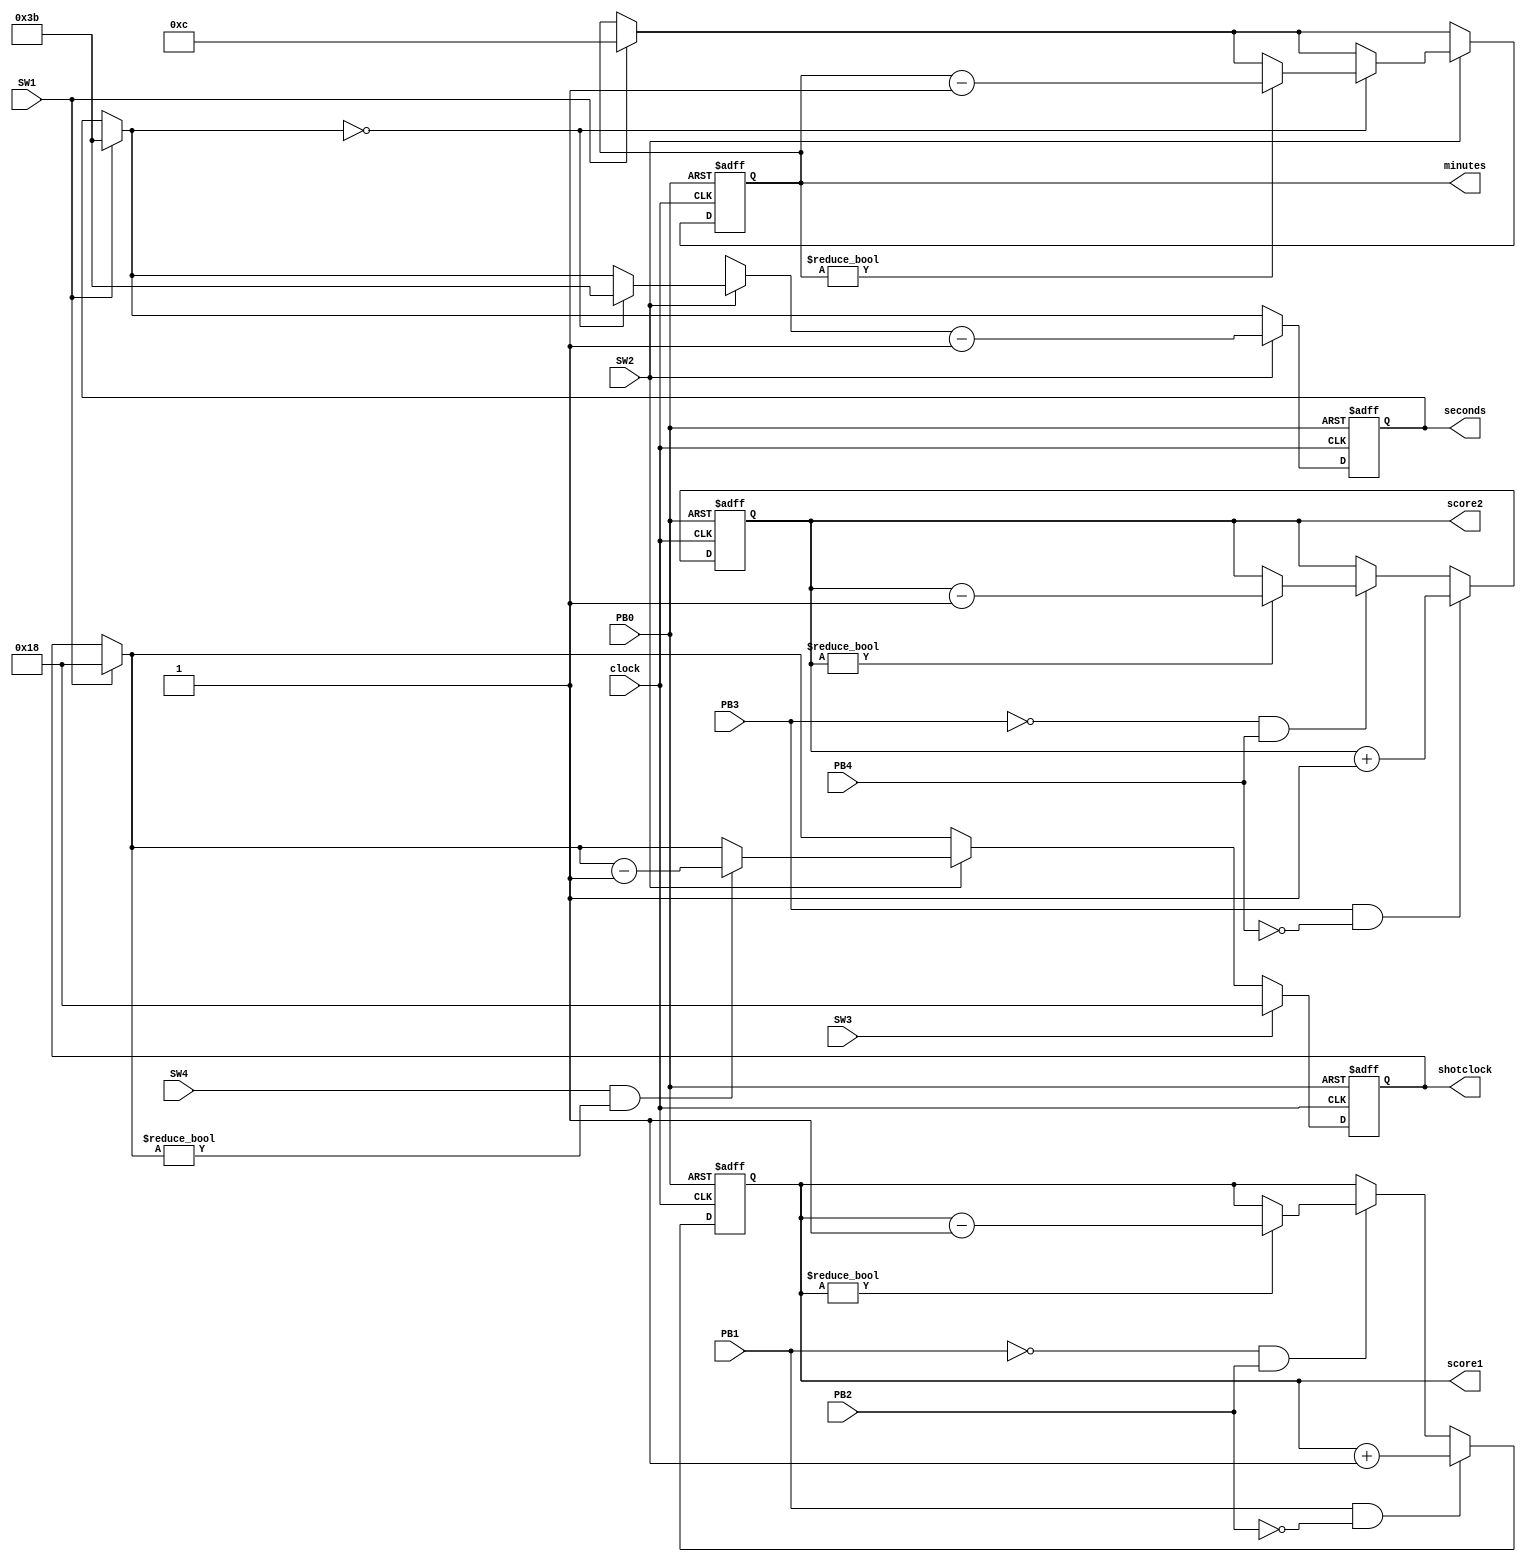
`timescale 1ms/1ms  
module basketball_system(
    score1, score2,
    clock, PB0, PB1, PB2, PB3, PB4, SW1, SW2, SW3, SW4,
    seconds, minutes, shotclock);

    output reg[7:0] score1, score2; // 8-bit for a score up to 255
    input clock;
    input PB0; // master reset switch
    input PB1, PB2; // up-down buttons for first team
    input PB3, PB4; // up-down butons for the second team
    
    // variables for minutes and seconds
    output reg [5:0] seconds; // = d59
    output reg [3:0] minutes; // = d12
    output reg [4:0] shotclock; // = d24 
    
    input SW1; // resets general timer to 12 mins if on
               // also resets shot clock to 24 secs
    input SW2; // if on, counts down time. if off, pauses timer
    input SW3; // if on, resets shot clock to 24 secs
    input SW4; // if on, coutns down shot clock
               // if off, pauses shot clock

    always @(posedge clock or posedge PB0) begin
        if (PB0 == 1) begin
            // master reset. resets original value of shotclock,
            // seconds, minutes, and scores
            shotclock = 5'b11000;
            seconds = 8'b00111011;
            minutes = 4'b1100;
            score1 = 8'b0000_0000;
            score2 = 8'b0000_0000; // resets scores
        end else begin
            // if both buttons are pressed or not pressed,
            // nothing will happen.
            if (PB1 == 1 && PB2 == 0) score1 <= score1 + 1;
            else if (PB1 == 0 && PB2 == 1) begin
                if (score1 != 8'b0000_0000) score1 <= score1 - 1; // prevents overflow
            end
            // if both buttons are pressed or not pressed,
            // nothing will happen.
            if (PB3 == 1 && PB4 == 0) score2 <= score2 + 1;
            else if (PB3 == 0 && PB4 == 1) begin
                if (score2 != 8'b0000_0000) score2 <= score2 - 1; // prevents overflow
                
            end
            // resets timer values
            if (SW1 == 1) begin
                minutes <= 4'b1100; // sets game minutes to 12
                seconds = 6'b111011; // sets the game seconds back to 59
                shotclock = 5'b11000; // sets shotclock to 24
            end

            // starts the countdown timer
            if (SW2 == 1) begin
                // when seconds == 0, that means that a minute has passed.
                // therefore, the value of seconds is reset and the value
                // of minutes is decremented by 1.
                if (seconds == 0) begin
                    seconds = 8'b00111011;
                    if (minutes != 0) minutes <= minutes - 1;
                end 
                // decrements the value of seconds. decrements the value of
                // the shotclock if SW4 is on.
                if (SW4 == 1 && shotclock != 0) shotclock = shotclock - 1;
                seconds = seconds - 1;
            end
            // resets the value of the shotclock
            if (SW3 == 1) shotclock <= 5'b11000;
        end
    end   
endmodule

module tb_basketball();

    reg clock, PB0, PB1, PB2, PB3, PB4, SW1, SW2, SW3, SW4;
    wire [7:0] score1, score2;
    wire [5:0] seconds;
    wire [4:0] shotclock;
    wire [3:0] minutes;

    basketball_system dut(
        score1, score2,
        clock, PB0, PB1, PB2, PB3, PB4, SW1, SW2, SW3, SW4,
        seconds, minutes, shotclock);

    always #10 clock = ~clock;

    initial begin
        #1 clock = 0; #0 PB0 = 1; PB1 = 0; PB2 = 0; PB3 = 0; PB4 = 0; SW1 = 0; SW2 = 0; SW3 = 0; SW4 = 0;

        #5 PB0 = 0;

        #50 PB1 = 1; // adds to the score of team 1
        #100 PB2 = 1; #100 PB1 = 0; // removes a score from team 1
        #150 PB2 = 0;

        #150 PB3 = 1; // adds to the score of team 2
        #200 PB4 = 1; #100 PB3 = 0; // removes a score from team 2
        #250 PB4 = 0;

        #300 SW2 = 1; // turns on the game timer
        #300 SW4 = 1; // turns on the shotclock
        #800 SW3 = 1; // resets shot slock to 24s
        #900 SW3 = 0; // allows shot clock to work
        #1000 SW2 = 0; // pauses the timer
        #1000 SW4 = 0; // pauses the shotclock        

        #1050 SW1 = 1; // resets timer to 12 mins and shot clock to 24 secs
        #1100 SW1 = 0; // allows timer to start again

        #1200 $stop;
    end

endmodule